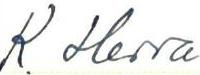
K. Herra